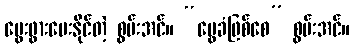
မွေးဖွားပေးနိုင်တဲ့ စွမ်းအင်။ “မွေခံဖြစ်စေ” စွမ်းအင်။